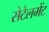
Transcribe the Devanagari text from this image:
सेटेलमेंट